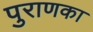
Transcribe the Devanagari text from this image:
पुराणका